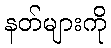
နတ်များကို